Civil Veterinary Department Bengal reports 1923-33 - 1923-1933
Year: 1923
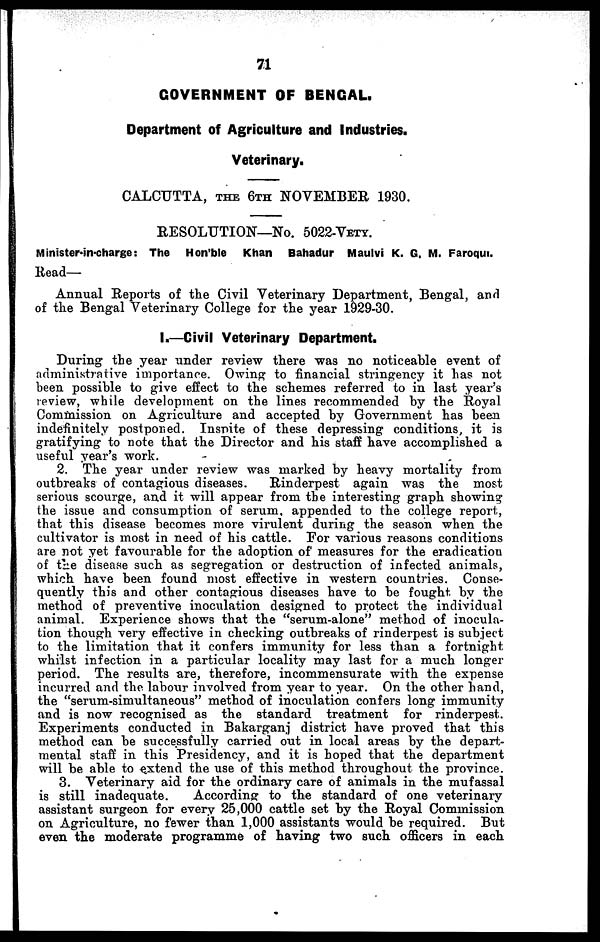
71
GOVERNMENT OF BENGAL.
Department of Agriculture and Industries.
Veterinary.
CALCUTTA, THE 6TH NOVEMBER 1930.
RESOLUTION—No. 5022-VETY.
Minister-in-charge: The Hon'ble Khan Bahadur Maulvi K. G. M. Faroqui.
Read—
Annual Reports of the Civil Veterinary Department, Bengal, and
of the Bengal Veterinary College for the year 1929-30.
I.—Civil Veterinary Department.
During the year under review there was no noticeable event of
administrative importance. Owing to financial stringency it has not
been possible to give effect to the schemes referred to in last year's
review, while development on the lines recommended by the Royal
Commission on Agriculture and accepted by Government has been
indefinitely postponed. Tnspite of these depressing conditions, it is
gratifying to note that the Director and his staff have accomplished a
useful year's work.
2. The year under review was marked by heavy mortality from
outbreaks of contagious diseases.
Rinderpest again was the most
serious scourge, and it will appear from the interesting graph showing
the issue and consumption of serum, appended to the college report,
that this disease becomes more virulent during the season when the
cultivator is most in need of his cattle. For various reasons conditions
are not yet favourable for the adoption of measures for the eradication
of the disease such as segregation or destruction of infected animals,
which have been found most effective in western countries. Conse-
quently this and other contagious diseases have to be fought by the
method of preventive inoculation designed to protect the individual
animal. Experience shows that the "serum-alone" method of inocula-
tion though very effective in checking outbreaks of rinderpest is subject
to the limitation that it confers immunity for less than a fortnight
whilst infection in a particular locality may last for a much longer
period. The results are, therefore, incommensurate with the expense
incurred and the labour involved from year to year. On the other hand,
the "serum-simultaneous" method of inoculation confers long immunity
and is now recognised as the standard treatment for rinderpest.
Experiments conducted in Bakarganj district have proved that this
method can be successfully carried out in local areas by the depart-
mental staff in this Presidency, and it is hoped that the department
will be able to extend the use of this method throughout the province.
3. Veterinary aid for the ordinary care of animals in the mufassal
is still inadequate.
According to the standard of one veterinary
assistant surgeon for every 25,000 cattle set by the Royal Commission
on Agriculture, no fewer than 1,000 assistants would be required. But
even the moderate programme of having two such officers in each